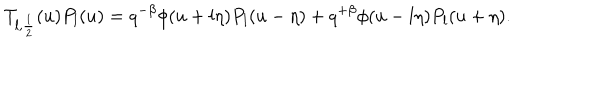
LaTeX: T _ { l , \frac 1 2 } ( u ) P _ { l } ( u ) = q ^ { - \beta } \phi ( u + l \eta ) P _ { l } ( u - \eta ) + q ^ { + \beta } \phi ( u - l \eta ) P _ { l } ( u + \eta ) .